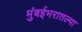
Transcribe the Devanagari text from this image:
मुंबईभरातल्या